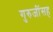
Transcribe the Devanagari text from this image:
गुरुजींसह